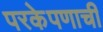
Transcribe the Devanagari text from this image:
परकेपणाची